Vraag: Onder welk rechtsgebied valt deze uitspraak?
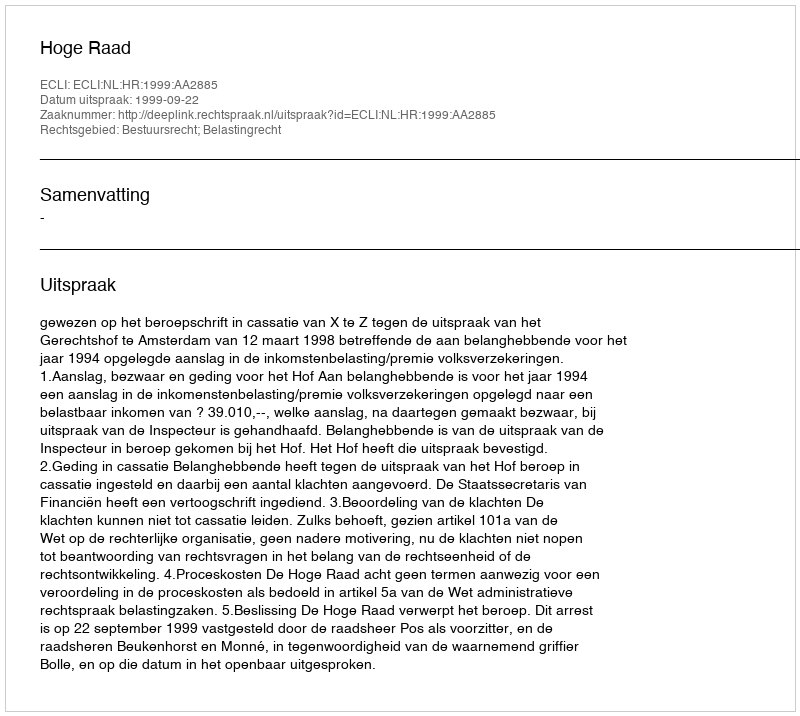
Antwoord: Bestuursrecht; Belastingrecht